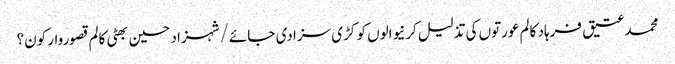
محمد عتیق فرہاد کالم	عورتوں کی تذلیل کرنیوالوں کو کڑی سزا دی جائے/شہزاد حسین بھٹی	کالم	قصوروار کون؟